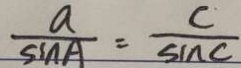
\frac { a } { \sin A } = \frac { c } { \sin C }